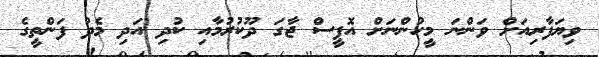
ވިޔަފާރިއަށް ވަންނަ މީހުންނަށް އޮފީސް ޖާގަ ދޫކުރުމާއި ކުދި އަދި މެދު ފަންތީގެ